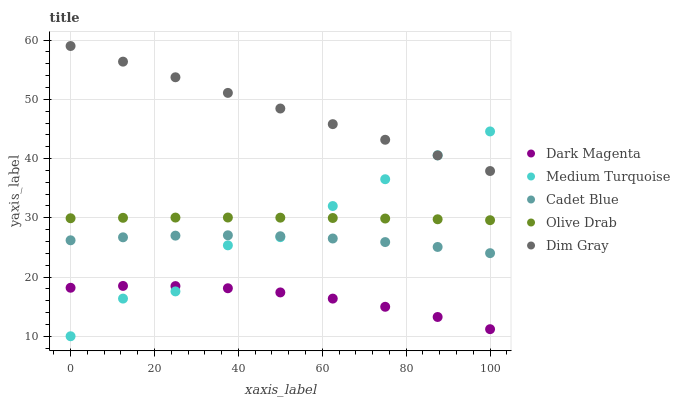
| xaxis_label | Dark Magenta | Medium Turquoise | Cadet Blue | Olive Drab | Dim Gray |
 | --- | --- | --- | --- | --- | --- |
 | 0 | 18.2 | 10 | 26.2 | 29.9 | 59 |
 | 12.5 | 18.5 | 16.4 | 26.7 | 30 | 56.4 |
 | 25 | 18.5 | 17.6 | 27 | 30 | 53.7 |
 | 37.5 | 18.1 | 25.3 | 27 | 30 | 51.1 |
 | 50 | 17.4 | 26.7 | 26.9 | 30 | 48.4 |
 | 62.5 | 16.4 | 32 | 26.5 | 30 | 45.8 |
 | 75 | 15 | 36.5 | 25.9 | 29.9 | 43.2 |
 | 87.5 | 13.3 | 40.5 | 25.1 | 29.8 | 40.5 |
 | 100 | 11.2 | 44.6 | 24 | 29.6 | 37.9 |